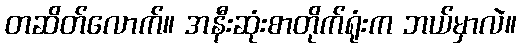
တဆိတ်လောက်။ အနီးဆုံးစာတိုက်ရုံးက ဘယ်မှာလဲ။